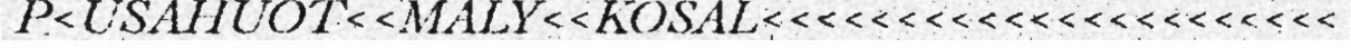
P<USAHUOT<<MALY<<KOSAL<<<<<<<<<<<<<<<<<<<<<<